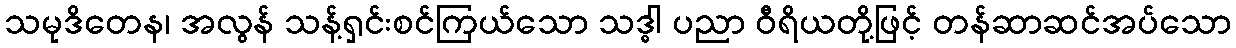
သမုဒိတေန၊ အလွန် သန့်ရှင်းစင်ကြယ်သော သဒ္ဓါ ပညာ ဝီရိယတို့ဖြင့် တန်ဆာဆင်အပ်သော